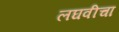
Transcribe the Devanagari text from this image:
लघवीचा